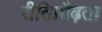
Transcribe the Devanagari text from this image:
रीतिप्रौढ़ता